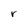
Character: r